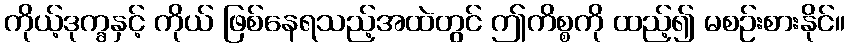
ကိုယ့်ဒုက္ခနှင့် ကိုယ် ဖြစ်နေရသည့်အထဲတွင် ဤကိစ္စကို ထည့်၍ မစဉ်းစားနိုင်။